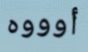
أوووه